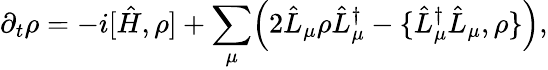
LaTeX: \partial_{t}\rho=-i[\hat{H},\rho]+\sum_{\mu}\Bigl(2\hat{L}_{\mu}\rho\hat{L}_{\mu}^{\dagger}-\{ \hat{L}_{\mu}^{\dagger}\hat{L}_{\mu},\rho\} \Bigr),